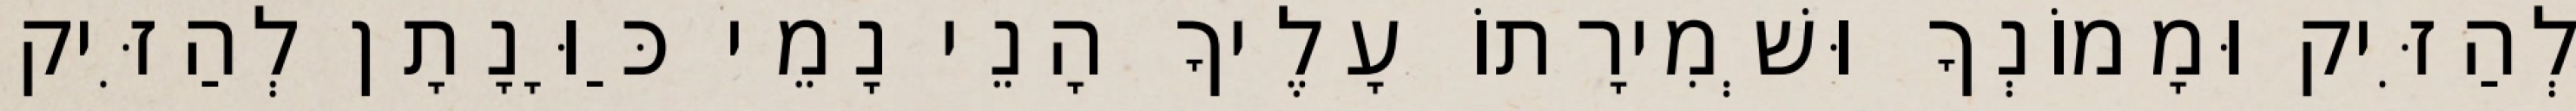
לְהַזִּיק וּמָמוֹנְךָ וּשְׁמִירָתוֹ עָלֶיךָ הָנֵי נָמֵי כַּוָּנָתָן לְהַזִּיק